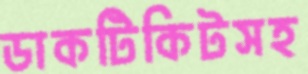
ডাকটিকিটসহ